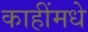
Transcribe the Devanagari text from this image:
काहींमधे